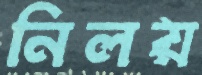
নিলয়